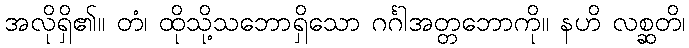
အလိုရှိ၏။ တံ၊ ထိုသို့သဘောရှိသော ဂင်္ဂါအတ္တဘောကို။ နဟိ လစ္ဆတိ၊